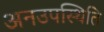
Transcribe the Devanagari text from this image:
अनउपस्थिति